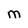
Character: M